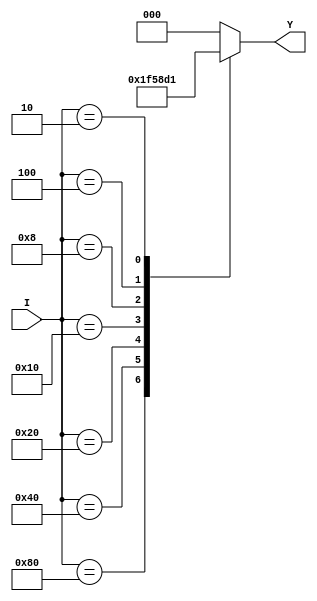
module priority_encoder (
    input [7:0] I,
    output reg [2:0] Y
);

always @* begin
    case (I)
        8'b10000000: Y = 3'b111;  // I7 has highest priority
        8'b01000000: Y = 3'b110;  // I6
        8'b00100000: Y = 3'b101;  // I5
        8'b00010000: Y = 3'b100;  // I4
        8'b00001000: Y = 3'b011;  // I3
        8'b00000100: Y = 3'b010;  // I2
        8'b00000010: Y = 3'b001;  // I1
        8'b00000001: Y = 3'b000;  // I0 has lowest priority
        default: Y = 3'b000;       // default output when no input is present
    endcase
end

endmodule